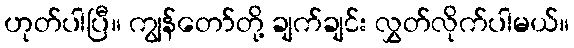
ဟုတ်ပါပြီ။ ကျွန်တော်တို့ ချက်ချင်း လွှတ်လိုက်ပါမယ်။